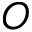
O